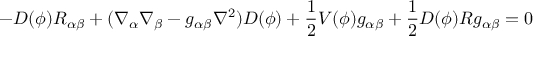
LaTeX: - D ( \phi ) R _ { \alpha \beta } + ( \nabla _ { \alpha } \nabla _ { \beta } - g _ { \alpha \beta } \nabla ^ { 2 } ) D ( \phi ) + \frac { 1 } { 2 } V ( \phi ) g _ { \alpha \beta } + \frac { 1 } { 2 } D ( \phi ) R g _ { \alpha \beta } = 0